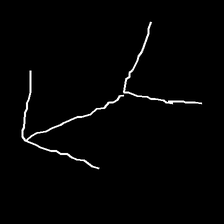
Glyph: gather